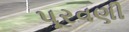
પૂરવણી